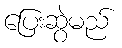
ပြေးဆွဲမည်